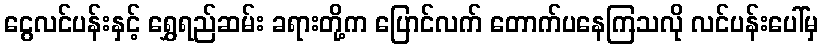
ငွေလင်ပန်းနှင့် ရွှေရည်ဆမ်း ခရားတို့က ပြောင်လက် တောက်ပနေကြသလို လင်ပန်းပေါ်မှ